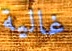
غالية